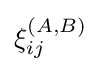
\xi _{ij}^{(A,B)}